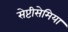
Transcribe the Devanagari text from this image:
सेप्टीसेमिया